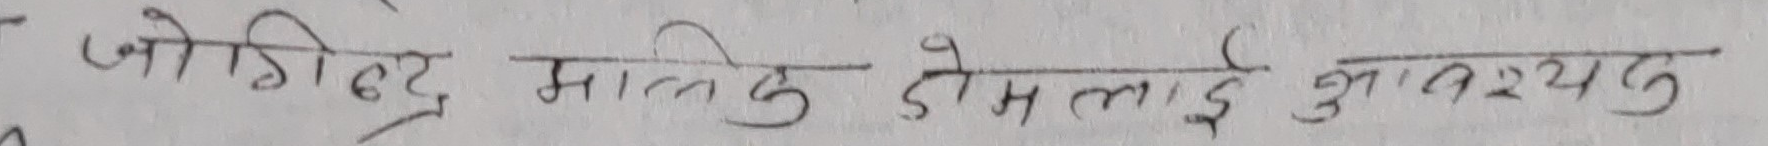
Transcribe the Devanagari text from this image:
जो डिष्ट्रिट् मालिक डोमलाई आवश्यक